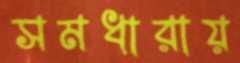
সমধারায়